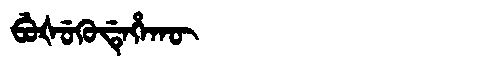
Manchu: ᠪᡠᡧᡠᡴᡠᡩᡝᡥᠠᡴᡡ
Romanization: BUŠUKUDEHAKŪ